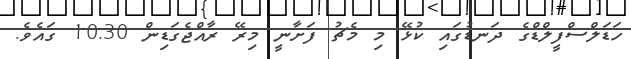
ހަޑަލްސްފީލްޑްގެ ދަނޑުގައި ކުޅޭ މި މެޗު ފަށާނީ މިރޭ ރާއްޖެގަޑިން 10:30 ގައެވެ.